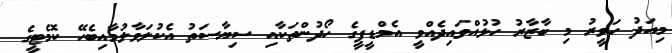
މިއަދު ހަވީރު މި ބާޒާރު ހުޅުއްވައިދެއްވީ އެމްޑީޕީގެ ހޯދުންތަކާއި ސިޔާސަތު އެކުލަވާލުމާއިބެހޭ ކޮމެޓީގެ